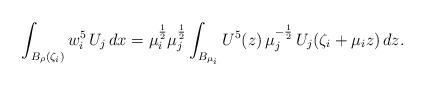
LaTeX: \begin{align*}\int_{B_\rho(\zeta_i)}w_i^5\,U_j\,dx=\mu_i^{\frac{1}{2}}\mu_j^{\frac{1}{2}}\int_{B_{\mu_i}}U^5(z)\,\mu_j^{-\frac{1}{2}}\,U_j(\zeta_i+\mu_i z)\,dz.\end{align*}